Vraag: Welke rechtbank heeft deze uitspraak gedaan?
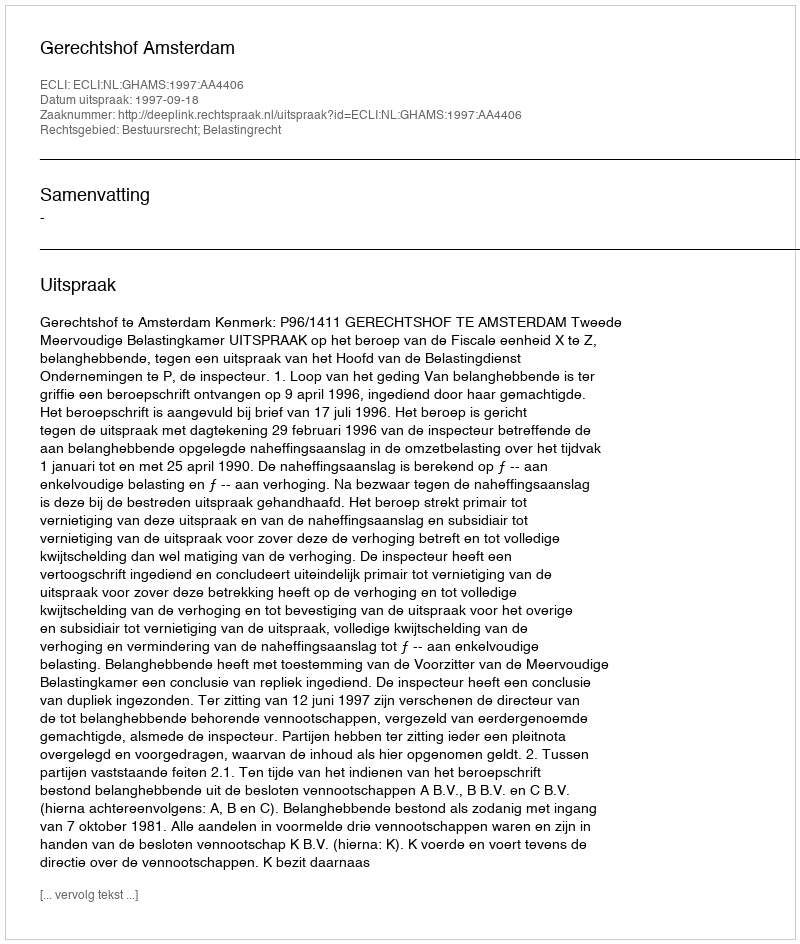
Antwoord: Gerechtshof Amsterdam